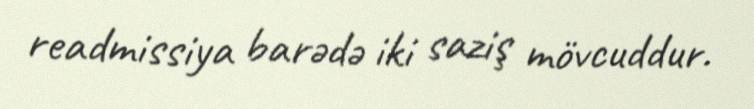
readmissiya barədə iki saziş mövcuddur.